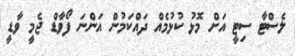
ލެސްޓާ ސިޓީ އަށް މޮޅު ކުޅުމެއް ދައްކަމުން އަންނަ ފޯވާޑް ޖެމީ ވާޑީ